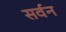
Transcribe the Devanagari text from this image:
सर्वन